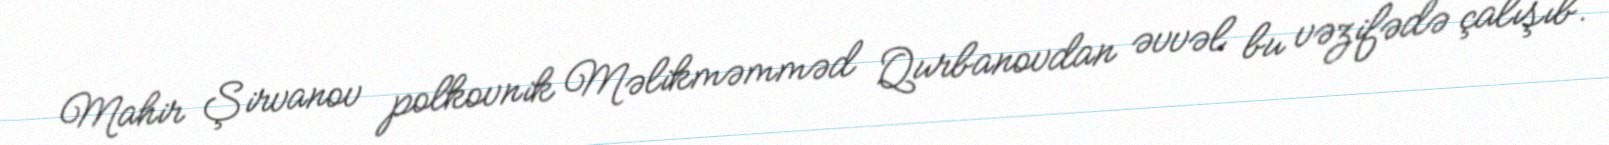
Mahir Şirvanov polkovnik Məlikməmməd Qurbanovdan əvvəl bu vəzifədə çalışıb.